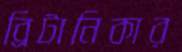
ব্রিটানিকার